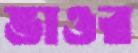
ভাওর